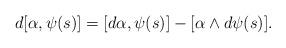
LaTeX: \begin{align*}d[\alpha, \psi(s)] &= [d\alpha, \psi(s)] -[\alpha \wedge d\psi(s)] . \end{align*}